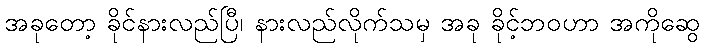
အခုတော့ ခိုင်နားလည်ပြီ၊ နားလည်လိုက်သမှ အခု ခိုင့်ဘဝဟာ အကိုဆွေ